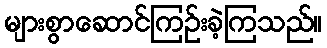
များစွာဆောင်ကြဉ်းခဲ့ကြသည်။